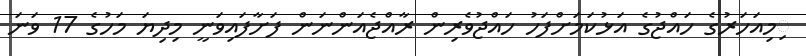
ިމިއަހަރުގެ ހައްޖުގެ އަޅުކަމަށްފަހު ހައްޖުވެރިން ރާއްޖެއަންނަން ފަށާފައިވަނީ މިދިޔަ މަހުގެ 17 ވަނަ